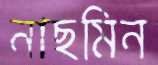
নাছমিন